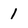
Character: 1